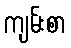
ကျမ်းစာ